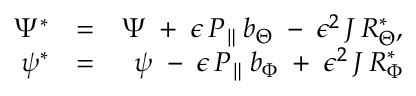
\begin{array} { r l r } { \Psi ^ { * } } & { = } & { \Psi \; + \; \epsilon \, P _ { \parallel } \, b _ { \Theta } \; - \; \epsilon ^ { 2 } \, J \, { \cal R } _ { \Theta } ^ { * } , } \\ { \psi ^ { * } } & { = } & { \psi \; - \; \epsilon \, P _ { \parallel } \, b _ { \Phi } \; + \; \epsilon ^ { 2 } \, J \, { \cal R } _ { \Phi } ^ { * } } \end{array}